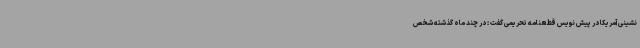
نشینی آمریکا در پیش نویس قطعنامه تحریمی گفت‌ : در چند ماه گذشته شخص